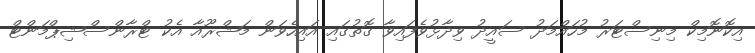
އިކޮނޮމިކް މިނިސްޓަރު މުހައްމަދު ސައީދު ވިދާޅުވެފައިވާ ގޮތުގައި އައިހެވަން މަޝްރޫއާ އެކު ޓްރާންސްޝިޕްމަންޓް